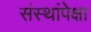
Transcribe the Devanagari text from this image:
संस्थांपेक्षा